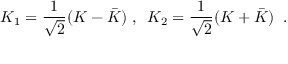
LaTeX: K _ { 1 } = \frac { 1 } { \sqrt { 2 } } ( K - \bar { K } ) \; , \; \; K _ { 2 } = \frac { 1 } { \sqrt { 2 } } ( K + \bar { K } ) \; \; .